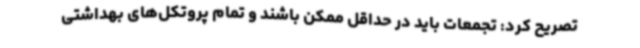
تصریح کرد: تجمعات باید در حداقل ممکن باشند و تمام پروتکل‌های بهداشتی